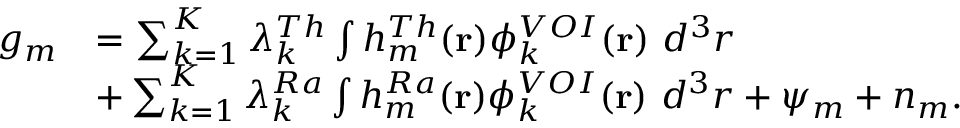
\begin{array} { r l } { g _ { m } } & { = \sum _ { k = 1 } ^ { K } \lambda _ { k } ^ { T h } \int h _ { m } ^ { T h } ( \mathbf { r } ) \phi _ { k } ^ { V O I } ( \mathbf { r } ) ~ d ^ { 3 } r } \\ & { + \sum _ { k = 1 } ^ { K } \lambda _ { k } ^ { R a } \int h _ { m } ^ { R a } ( \mathbf { r } ) \phi _ { k } ^ { V O I } ( \mathbf { r } ) ~ d ^ { 3 } r + \psi _ { m } + n _ { m } . } \end{array}